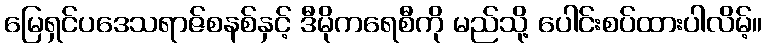
မြေရှင်ပဒေသရာဇ်စနစ်နှင့် ဒီမိုကရေစီကို မည်သို့ ပေါင်းစပ်ထားပါလိမ့်။